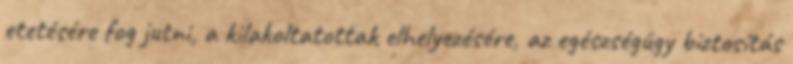
etetésére fog jutni, a kilakoltatottak elhelyezésére, az egészségügy biztosítás